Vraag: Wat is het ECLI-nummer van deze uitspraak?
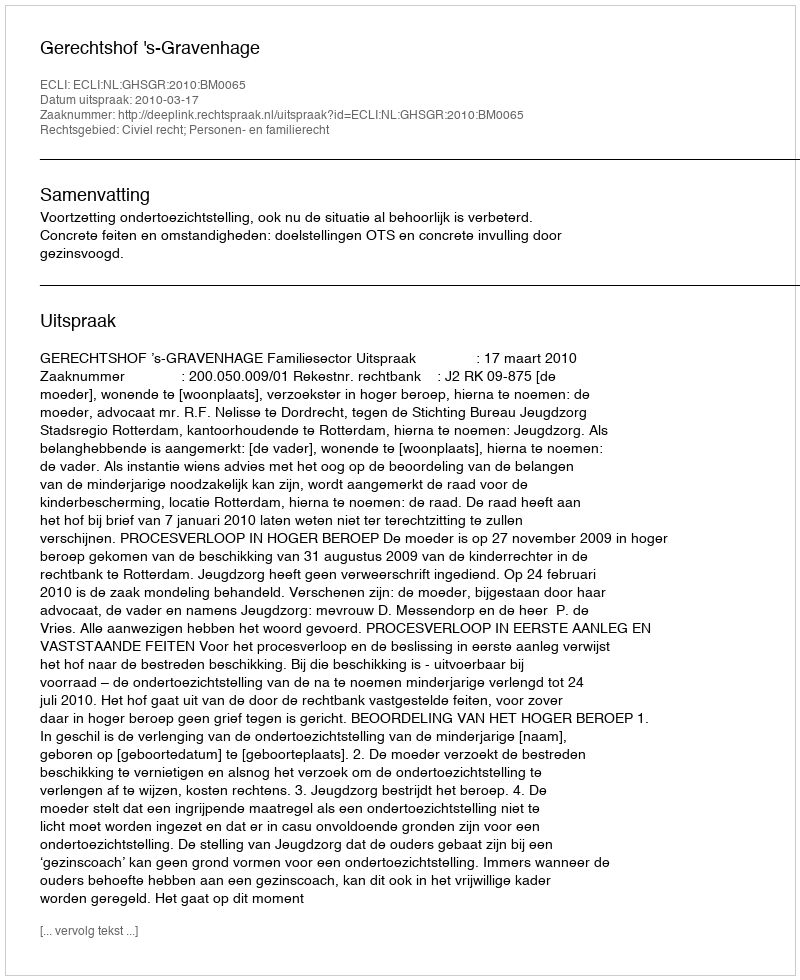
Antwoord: ECLI:NL:GHSGR:2010:BM0065